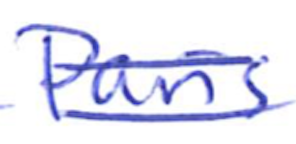
Text: Paris
Cross-out: double-line
Writing tool: ballpoint